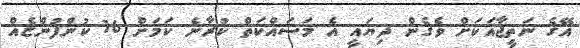
އޭގެ ނަތީޖާއަކަށް ވެގެން ދިޔައީ އެ މަސައްކަތް ކުރާނެ ކަމަށް 16 ކުންފުންޏެއް